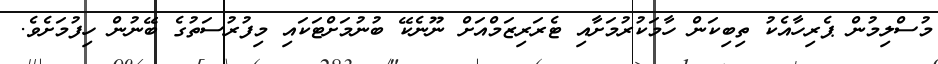
މުސްލިމުން ޕެރިހާއެކު ތިބިކަން ހާމަކުރުމަށާއި ޓެރަރިޒަމްއަށް ނޫނެކޭ ބުނުމަށްޓަކައި މިފުރުސަތުގެ ބޭނުން ހިފުމަށެވެ.